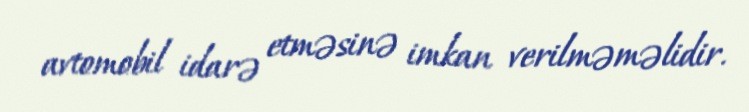
avtomobil idarə etməsinə imkan verilməməlidir.